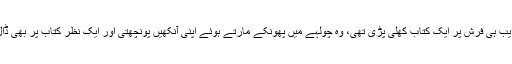
اس کے قریب ہی فرش پر ایک کتاب کھلی پڑی تھی، وہ چولہے میں پھونکے مارتے ہوئے اپنی آنکھیں پونچھتی اور ایک نظر کتاب پر بھی ڈال لیتی تھی۔